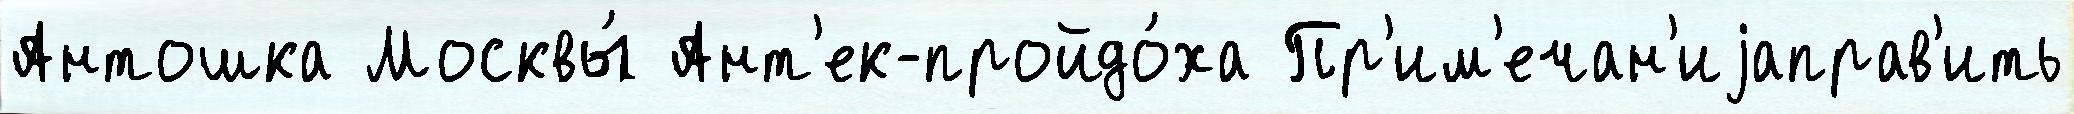
Антошка Москвы́ Ант'ек-пройдо́ха Пр'им'ечан'иjаправ'ить